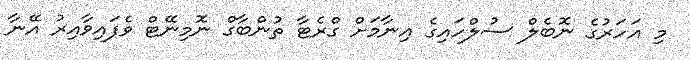
މި އަހަރުގެ ނޮބެލް ސުލްހައިގެ އިނާމަށް ގްރެޓާ ތުންބާގް ނޮމިނޭޓް ވެފައިވާއިރު އޭނާ